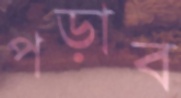
পড়াব